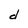
Character: d